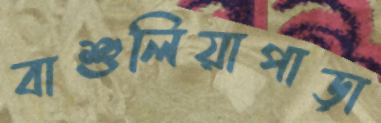
বাশুলিয়াপাড়া